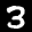
Label: 3